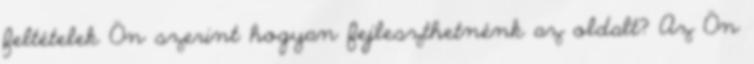
feltételek Ön szerint hogyan fejleszthetnénk az oldalt? Az Ön